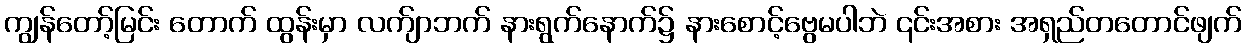
ကျွန်တော့်မြင်း တောက် ထွန်းမှာ လက်ျာဘက် နားရွက်နောက်၌ နားစောင့်ဗွေမပါဘဲ ၎င်းအစား အရှည်တတောင်ဖျက်